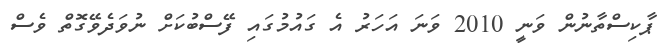
ޕާކިސްތާނުން ވަނީ 2010 ވަނަ އަހަރު އެ ގައުމުގައި ފޭސްބުކަށް ނުވަދެވޭގޮތް ވެސް